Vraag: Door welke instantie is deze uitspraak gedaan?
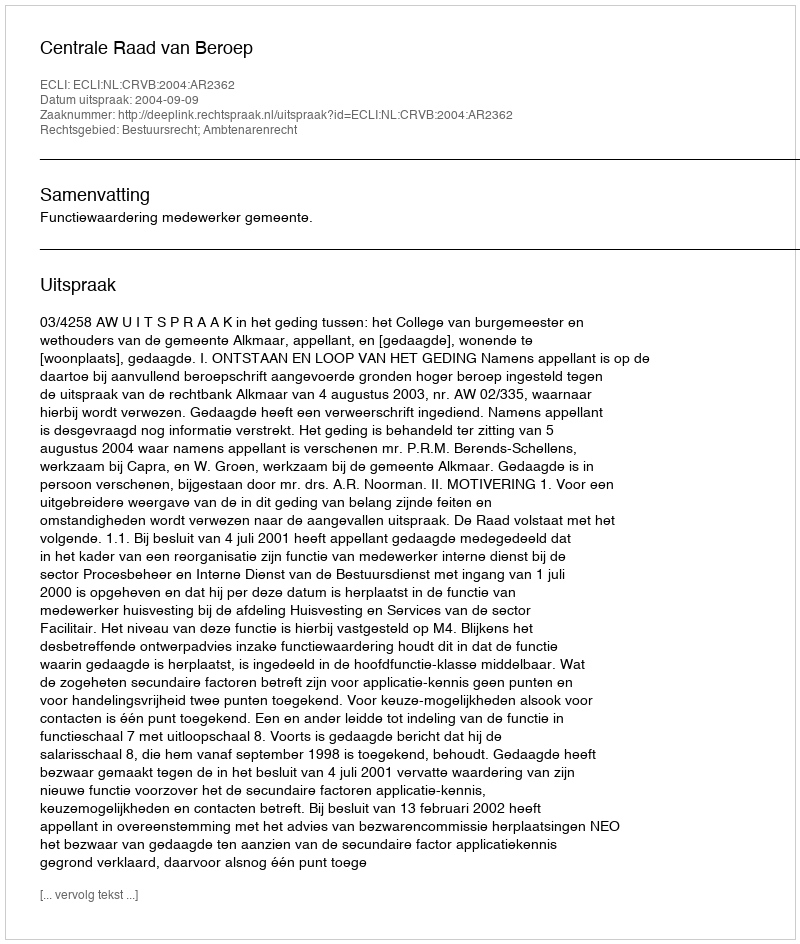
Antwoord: Centrale Raad van Beroep